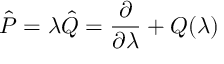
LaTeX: \hat { P } = \lambda \hat { Q } = { \frac { \partial } { \partial \lambda } } + Q ( \lambda )